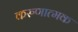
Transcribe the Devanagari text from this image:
करुणात्मक